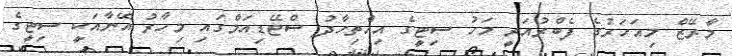
މާރޭޒް މިއަހަރުގެ ފެބްރުއަރީ މަހު ސިޓީގެ އިއްތިހާދު ސްޓޭޑިއަމްގައި މިހާރު އޭނާއަކީ ސިޓީގެ